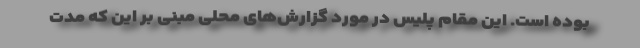
بوده است. این مقام پلیس در مورد گزارش‌های محلی مبنی بر این که مدت